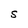
Character: S